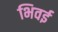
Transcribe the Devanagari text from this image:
भिवई